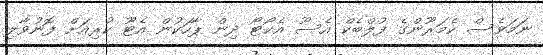
ނަމަވެސް ކެމަރޫންގެ ފުލްބެކް އެސޫ އެކޯޓޯ ދިން ޕާހަކުން އެޓޫ ކުރިއަށް ފޮނުވާލި